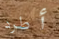
أطرد